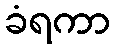
ခံရကာ